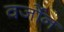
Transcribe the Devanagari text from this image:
वर्जोन